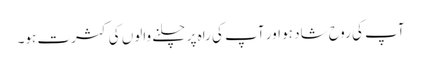
آپ کی روح شاد ہو اور آپ کی راہ پر چلنے والوں کی کثرت ہو۔